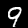
Digit: 9